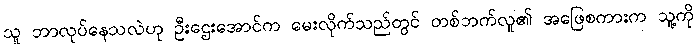
သူ ဘာလုပ်နေသလဲဟု ဦးဌေးအောင်က မေးလိုက်သည်တွင် တစ်ဘက်လူ၏ အဖြေစကားက သူ့ကို